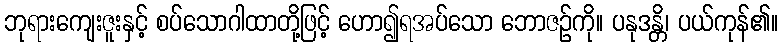
ဘုရားကျေးဇူးနှင့် စပ်သောဂါထာတို့ဖြင့် ဟော၍ရအပ်သော ဘောဇဉ်ကို။ ပနုဒန္တိ၊ ပယ်ကုန်၏။